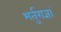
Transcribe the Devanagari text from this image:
भर्तुराज्ञां